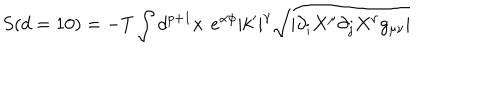
S ( d = 1 0 ) = - T \int d ^ { p + 1 } x e ^ { \alpha \phi } | k ^ { \prime } | ^ { \gamma } \sqrt { \mid \partial _ { i } X ^ { \mu } \partial _ { j } X ^ { \nu } g _ { \mu \nu } \mid }